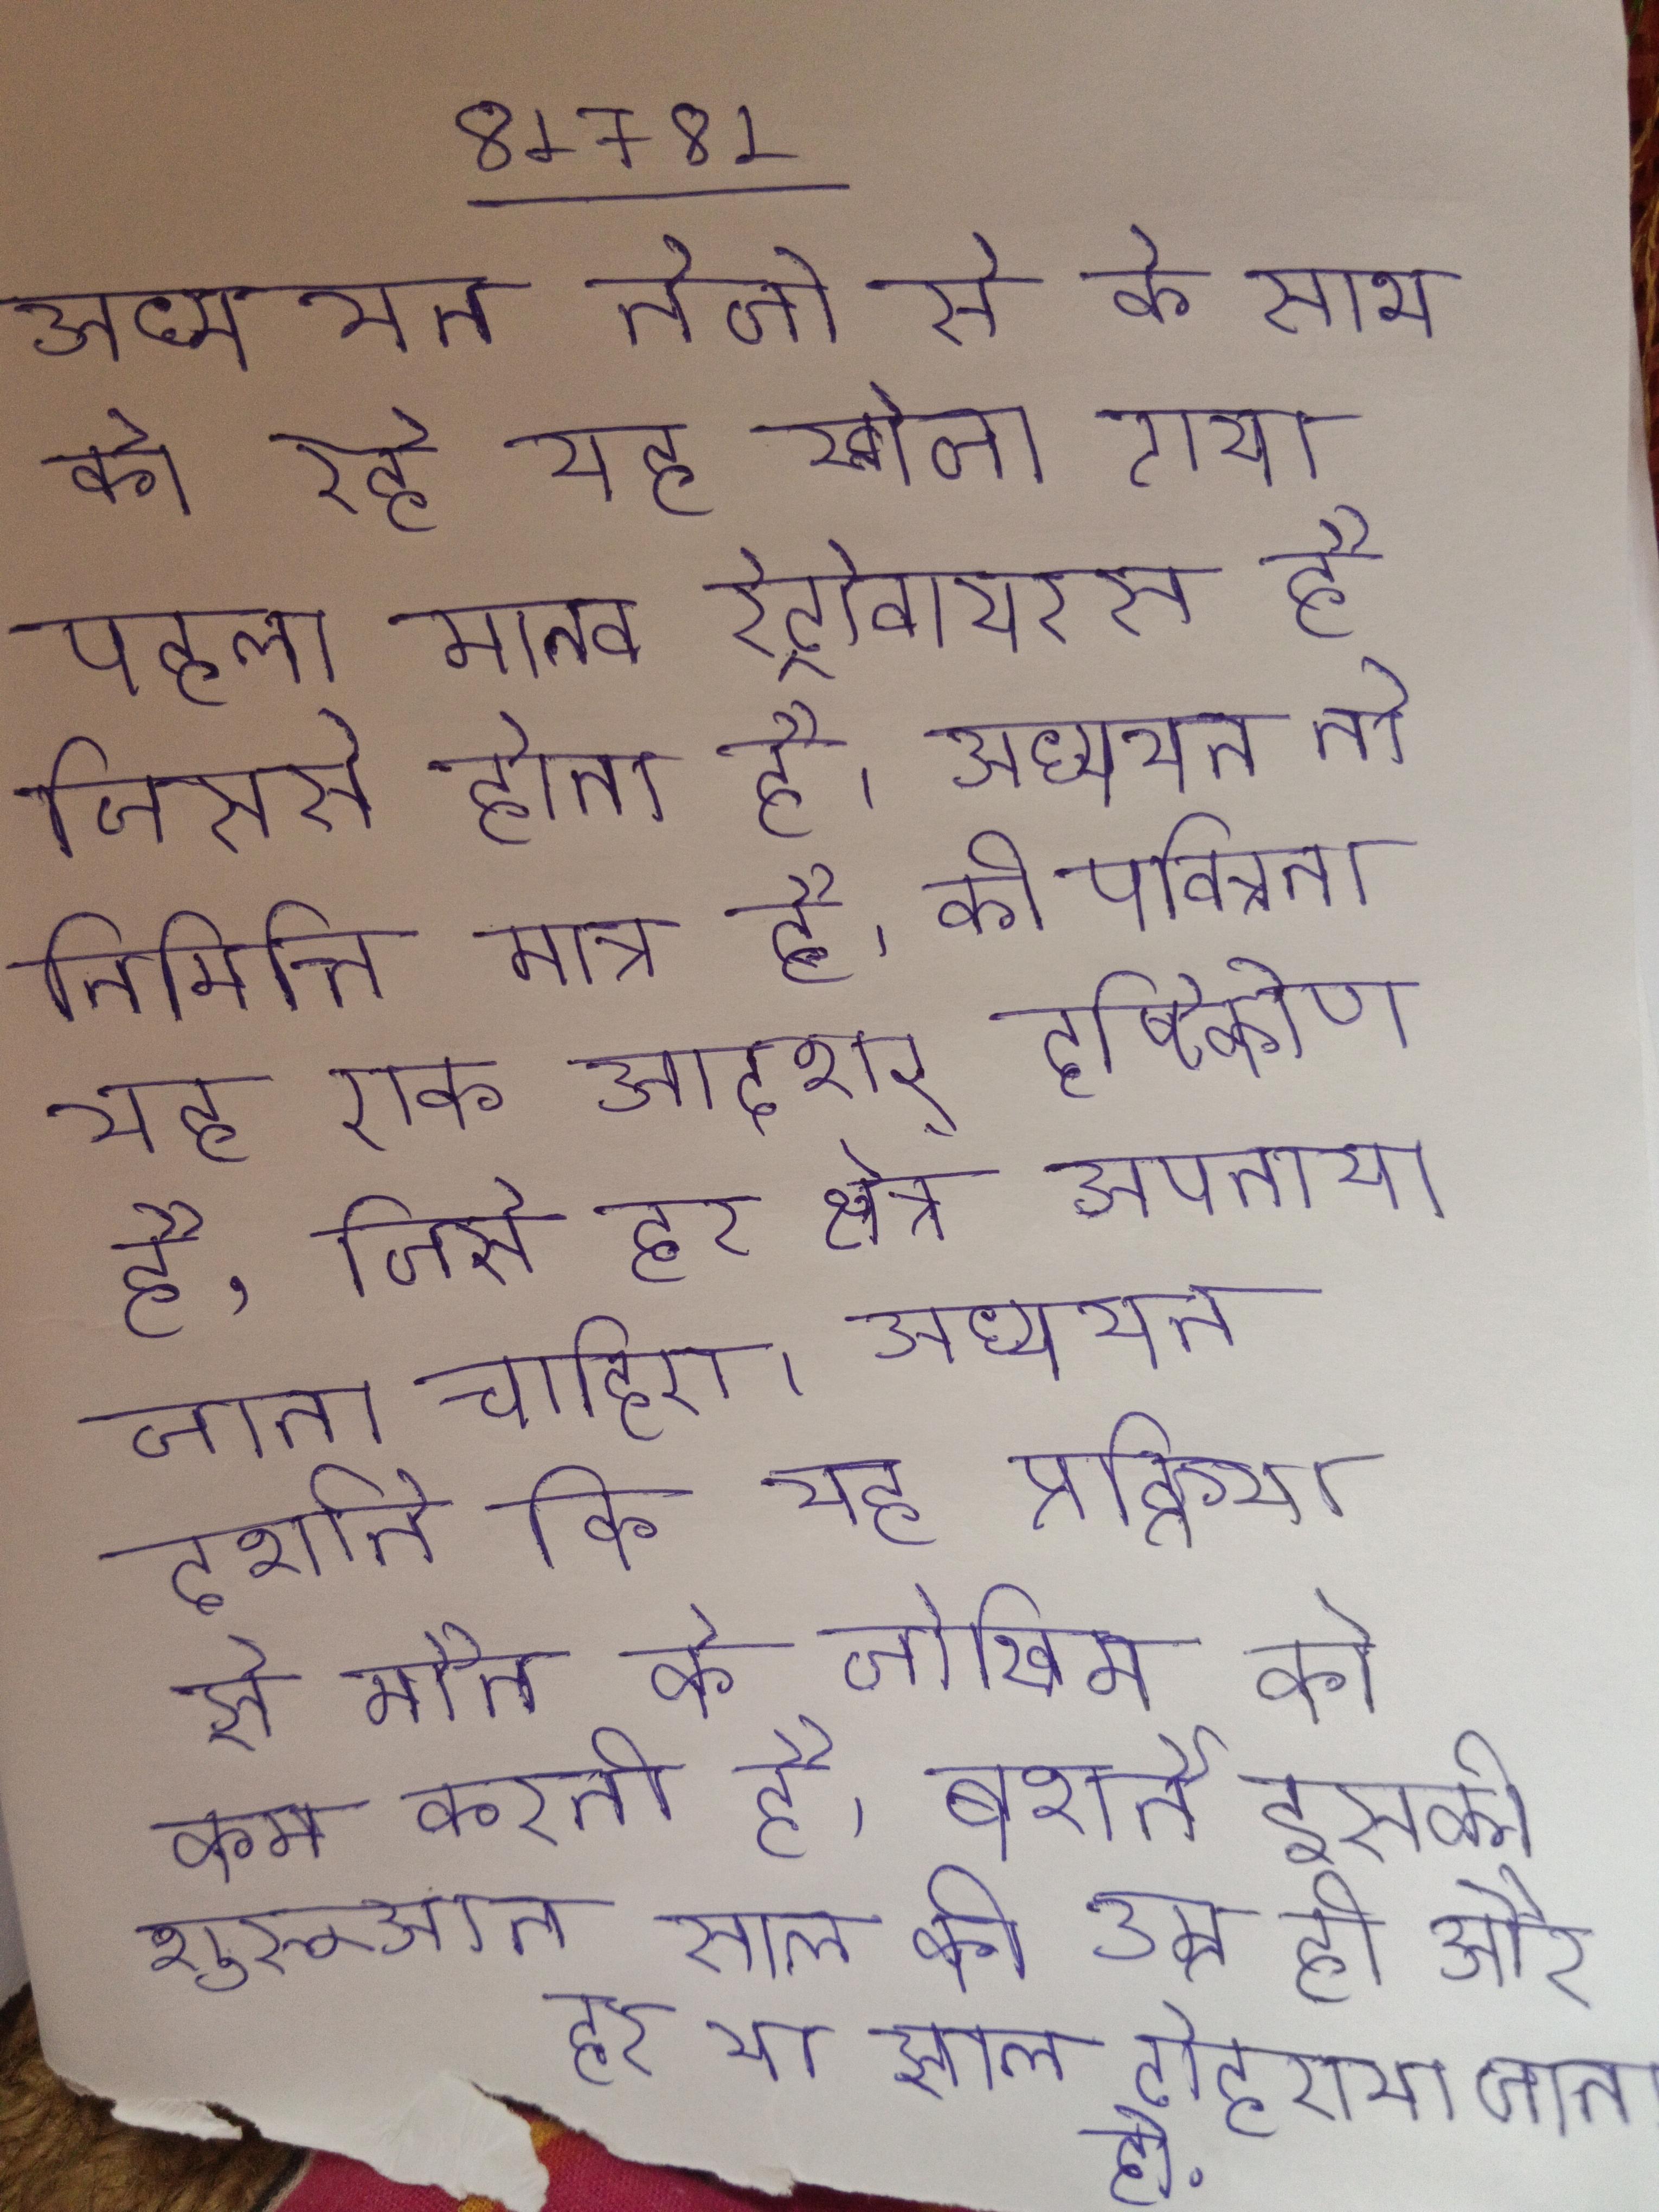
अध्ययन तेजी से के साथ को रहे यह खोजा गया पहला मानव रेट्रोवायरस है जिससे होता है । अध्ययन तो निमित्त मात्र है, की पवित्रता यह एक आदशर् दृष्टिकोण है, जिसे हर क्षेत्र अपनाया जाना चाहिए । अध्ययन दर्शाते कि यह प्रक्रिया से मौत के जोखिम को कम करती है, बशर्ते इसकी शुरूआत साल की उम्र हो और हर या साल दोहराया जाता हो .